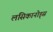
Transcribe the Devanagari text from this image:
लसिकानोड्स